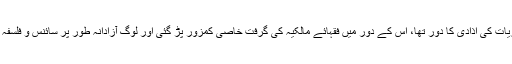
عبدالرحمن سوم کا دَور افکارو نظریات کی آذادی کا دَور تھا، اس کے دور میں فقہائے مالکیہ کی گرفت خاصی کمزور پڑ گئی اور لوگ آزادانہ طور پر سائنس و فلسفہ کی تعلیم حاصل کرنے لگے تھے۔